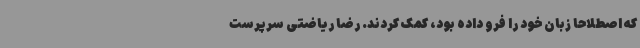
که اصطلاحا زبان خود را فرو داده بود، کمک کردند. رضا ریاضتی سرپرست